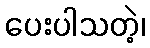
ပေးပါသတဲ့၊